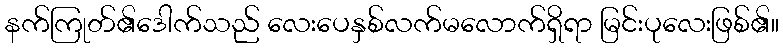
နက်ကြုတ်၏ဒေါက်သည် လေးပေနှစ်လက်မလောက်ရှိရာ မြင်းပုလေးဖြစ်၏။